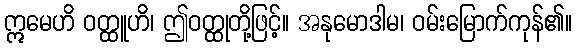
ဣမေဟိ ဝတ္ထူဟိ၊ ဤဝတ္ထုတို့ဖြင့်။ အနုမောဒါမ၊ ဝမ်းမြောက်ကုန်၏။